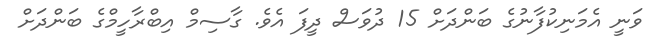
ވަނީ އެމަނިކުފާނުގެ ބަންދަށް 15 ދުވަސް ދީފަ އެވެ. ގާސިމް އިބްރާހީމްގެ ބަންދަށް